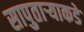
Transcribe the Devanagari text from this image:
सापुताऱ्याकडे